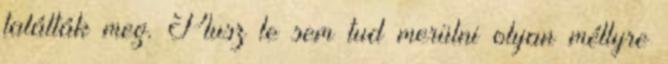
találták meg. Plusz le sem tud merülni olyan méllyre